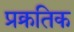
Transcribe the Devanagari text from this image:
प्रक्रतिक